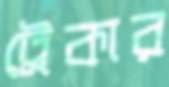
ট্রেকার